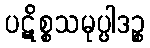
ပဋိစ္စသမုပ္ပါဒဉ္စ